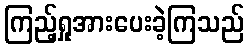
ကြည့်ရှုအားပေးခဲ့ကြသည်